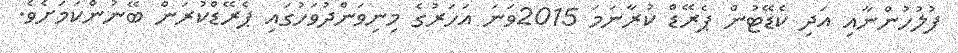
ފުލުހުންނާއި އަދި ކެޑޭޓުން ޕެރޭޑް ކުރާނަމަ 2015ވަނަ އަހަރުގެ މިނިވަންދުވަހުގައި ޕެރޭޑްކުރަން ބޭނުންކަމަށެވެ.